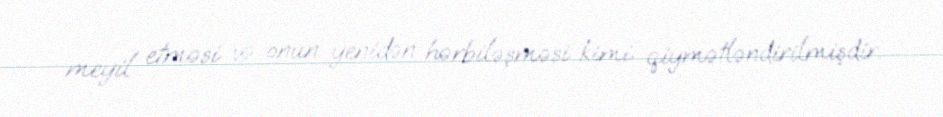
meyil etməsi və onun yenidən hərbiləşməsi kimi qiymətləndirilmişdir.